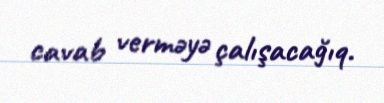
cavab verməyə çalışacağıq.